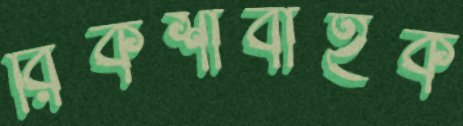
রিকশাবাহক